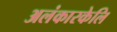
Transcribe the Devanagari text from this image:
अलंकारकेलि